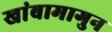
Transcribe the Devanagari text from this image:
खांबामागुन